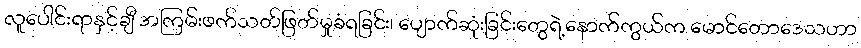
လူပေါင်းရာနှင့်ချီ အကြမ်းဖက်သတ်ဖြတ်မှုခံရခြင်း၊ ပျောက်ဆုံးခြင်းတွေရဲ့နောက်ကွယ်က မောင်တောဒေသဟာ